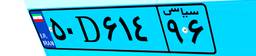
۷۰D۲۷۶۱۵